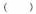
( )